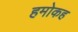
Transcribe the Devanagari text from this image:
हमोकह